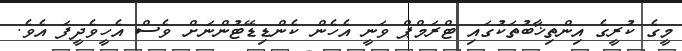
މީގެ ކުރީގެ އިންތިޚާބުތަކުގައި ޓްރަމްޕް ވަނީ އެހެން ކެންޑިޑޭޓުންނަށް ވެސް އެހީވެދީފަ އެެވެ.